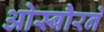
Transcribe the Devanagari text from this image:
ओस्बौरने